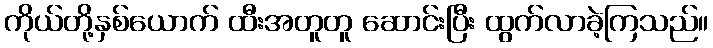
ကိုယ်တို့နှစ်ယောက် ထီးအတူတူ ဆောင်းပြီး ထွက်လာခဲ့ကြသည်။